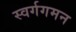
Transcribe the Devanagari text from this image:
स्वर्गगमन